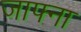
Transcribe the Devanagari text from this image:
जाफ्ना